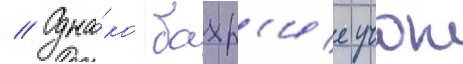
// Одна́ко бахр'ие учок